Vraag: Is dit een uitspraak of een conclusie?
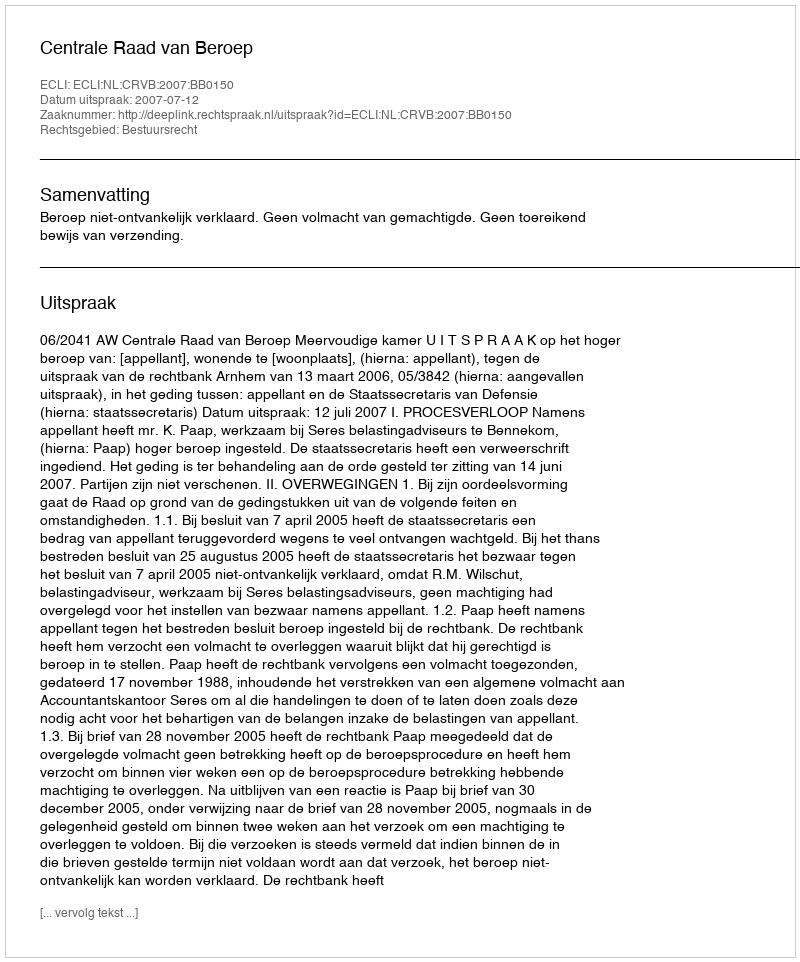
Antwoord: Uitspraak